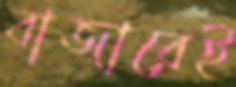
বাজারেই